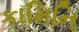
કામિનિ